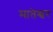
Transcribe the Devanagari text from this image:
मातेश्वर